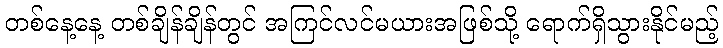
တစ်နေ့နေ့ တစ်ချိန်ချိန်တွင် အကြင်လင်မယားအဖြစ်သို့ ရောက်ရှိသွားနိုင်မည့်